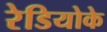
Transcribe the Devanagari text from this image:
रेडियोके